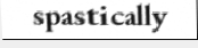
spastically